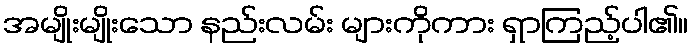
အမျိုးမျိုးသော နည်းလမ်း များကိုကား ရှာကြည့်ပါ၏။